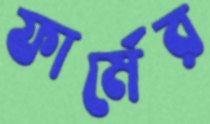
ফার্মের